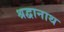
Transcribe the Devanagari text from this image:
श्रद्वानाथ